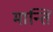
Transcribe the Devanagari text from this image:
मान्ति